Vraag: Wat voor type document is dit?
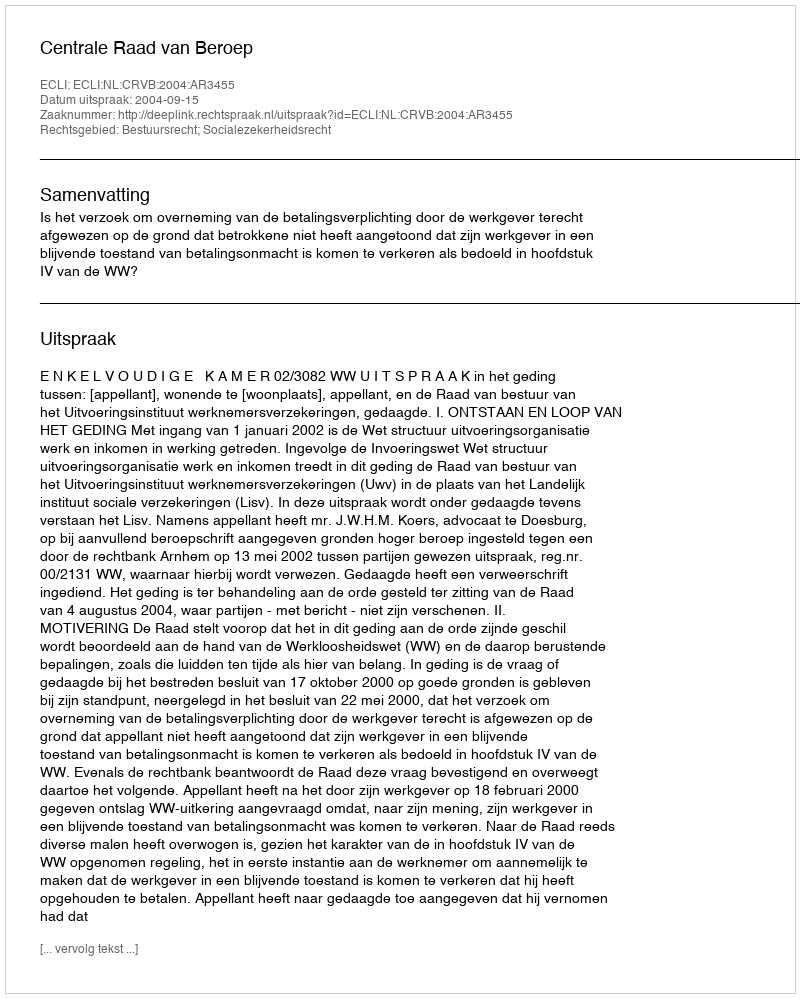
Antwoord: Uitspraak